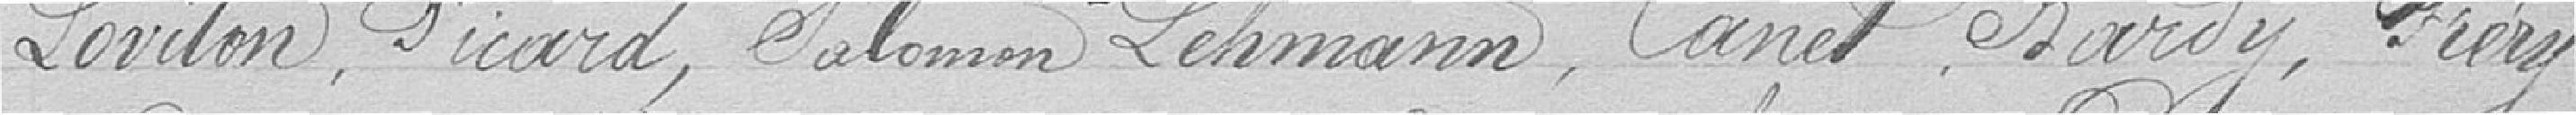
LOVITON, PICARD, SALOMO Lehmann, CANET, BARDY, FRERY,